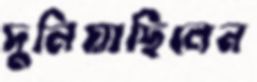
দুলিয়াছিলেন